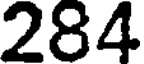
284